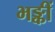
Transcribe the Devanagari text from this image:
भङ्कीं